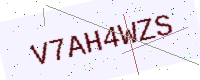
Text: V7AH4WZS